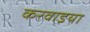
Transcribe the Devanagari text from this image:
करवाइया